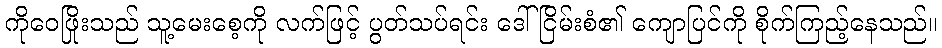
ကိုဝေဖြိုးသည် သူ့မေးစေ့ကို လက်ဖြင့် ပွတ်သပ်ရင်း ဒေါ်ငြိမ်းစံ၏ ကျောပြင်ကို စိုက်ကြည့်နေသည်။